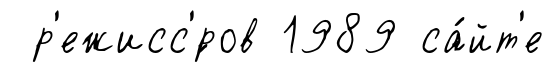
р'ежисс'́ров 1989 са́йт'е